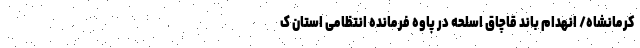
کرمانشاه/ انهدام باند قاچاق اسلحه در پاوه فرمانده انتظامی استان ک